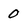
Character: 0